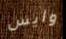
وايس